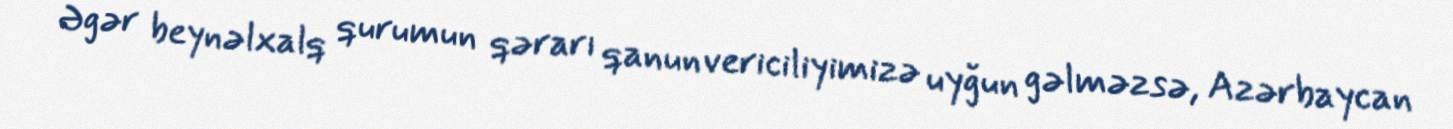
Əgər beynəlxalq qurumun qərarı qanunvericiliyimizə uyğun gəlməzsə, Azərbaycan